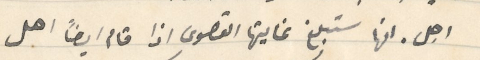
اجل انها ستبلغ غايتها القصوى اذا قام ايضاً اهل